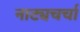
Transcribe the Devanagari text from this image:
नाट्यचर्चा